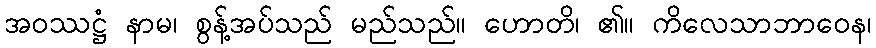
အဝဿဋ္ဌံ နာမ၊ စွန့်အပ်သည် မည်သည်။ ဟောတိ၊ ၏။ ကိလေသာဘာဝေန၊